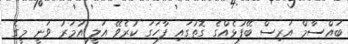
ބައްސާމް އަރިސް ބޭފުޅެއްގެ ގޮތުގައި ފާހަގަ ކުރެވޭ އަލީ އުމަރު ވަނީ މީގެ